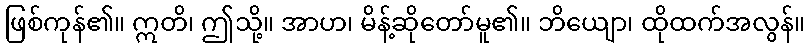
ဖြစ်ကုန်၏။ ဣတိ၊ ဤသို့။ အာဟ၊ မိန့်ဆိုတော်မူ၏။ ဘိယျော၊ ထိုထက်အလွန်။